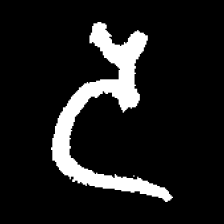
Pyu character \u2014 Myanmar letter: ဒ (romanized: da)